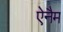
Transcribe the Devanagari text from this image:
ऐनैम